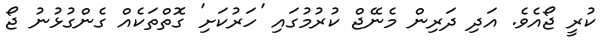
ކުރީ ޖޯއެވެ. އަދި ދަރިން މެނޭޖް ކުރުމުގައި 'ހަރުކަށި' ގޮތްތަކެއް ގެންގުޅުނު ޖޯ